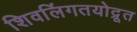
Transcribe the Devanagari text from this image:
शिवलिंगतयोद्रूत